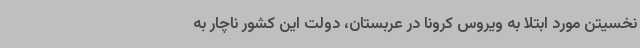
نخسیتن مورد ابتلا به ویروس کرونا در عربستان، دولت این کشور ناچار به